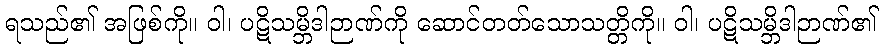
ရသည်၏ အဖြစ်ကို။ ဝါ၊ ပဋိသမ္ဘိဒါဉာဏ်ကို ဆောင်တတ်သောသတ္တိကို။ ဝါ၊ ပဋိသမ္ဘိဒါဉာဏ်၏